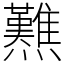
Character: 㸐